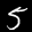
Label: 5